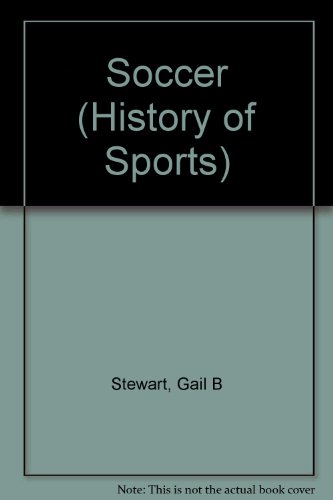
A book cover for History of Sports - Soccer; Gail B. Stewart; Teen & Young Adult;